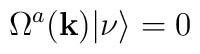
\Omega^{a}({\bf{k}}) |\nu\rangle=0\;